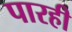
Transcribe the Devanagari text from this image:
पारही